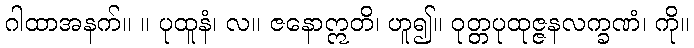
ဂါထာအနက်။ ။ ပုထူနံ၊ လ။ ဇနောဣတိ၊ ဟူ၍။ ဝုတ္တပုထုဇ္ဇနလက္ခဏံ၊ ကို။